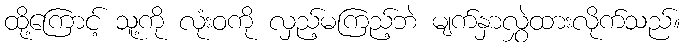
ထို့ကြောင့် သူ့ကို လုံးဝကို လှည့်မကြည့်ဘဲ မျက်နှာလွှဲထားလိုက်သည်။